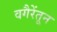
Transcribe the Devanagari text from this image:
वगैरेंतून